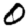
Digit: 0